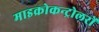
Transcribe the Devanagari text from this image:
माइक्रोकन्ट्रोलरों